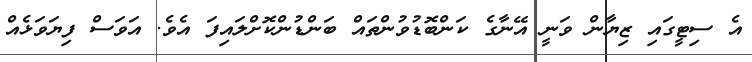
އެ ސިޓީގައި ޒިޔާން ވަނީ އޭނާގެ ކަންބޮޑުވުންތައް ބަންޑުންކޮށްލައިފަ އެވެ. އަވަސް ފިޔަވަޅެއް